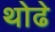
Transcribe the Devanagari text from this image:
थोढे